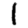
Digit: 1